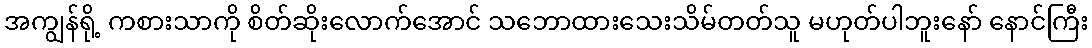
အကျွန်ရို့ ကစားသာကို စိတ်ဆိုးလောက်အောင် သဘောထားသေးသိမ်တတ်သူ မဟုတ်ပါဘူးနော် နောင်ကြီး